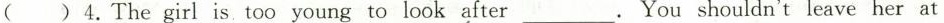
( ) 4.The girl is too young to look after __. You shouldn't leave her at